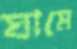
ঘামে